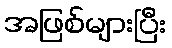
အဖြစ်များပြီး